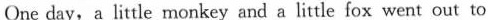
One day, a little monkey and a little fox went out to